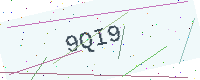
Text: 9QI9